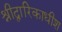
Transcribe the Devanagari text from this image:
श्रीद्वारिकाधीश